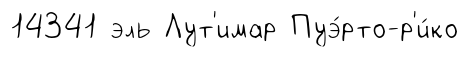
14341 эль Лут'имар Пуэ́рто-р'и́ко